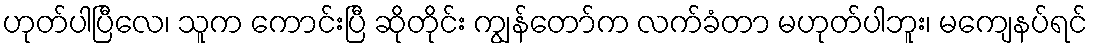
ဟုတ်ပါပြီလေ၊ သူက ကောင်းပြီ ဆိုတိုင်း ကျွန်တော်က လက်ခံတာ မဟုတ်ပါဘူး၊ မကျေနပ်ရင်